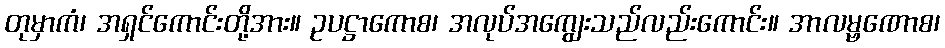
တုမှာကံ၊ အရှင်ကောင်းတို့အား။ ဥပဋ္ဌာကောစ၊ အလုပ်အကျွေးသည်လည်းကောင်း။ အာလမ္ဗဏောစ၊